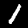
Label: 1